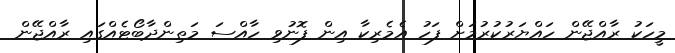
މީހަކު ރާއްޖޭން ހައްޔަރުކުރުމަށް ފަހު އެމެރިކާ އިން ފޮނުވި ހާއްސަ މަތިންދާބޯޓެއްގައި ރާއްޖޭން